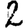
Digit: 2